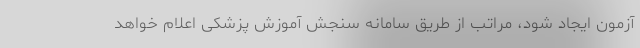
آزمون ایجاد شود، مراتب از طریق سامانه سنجش آموزش پزشکی اعلام خواهد